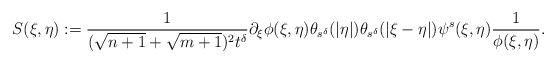
LaTeX: \begin{align*}S(\xi,\eta):=\frac{1}{(\sqrt{n+1}+\sqrt{m+1})^{2}t^\delta}\partial_{\xi}\phi(\xi,\eta) \theta_{s^\delta}(|\eta|)\theta_{s^\delta}(|\xi-\eta|)\psi^{s} (\xi,\eta)\frac{1}{\phi(\xi,\eta)}.\end{align*}